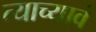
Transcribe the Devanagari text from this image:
त्याच्यावं